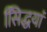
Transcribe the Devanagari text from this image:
सििद्धयां